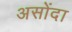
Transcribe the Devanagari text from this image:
असोंदा